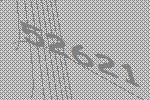
52621